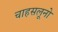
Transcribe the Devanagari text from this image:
चाहसलूनो